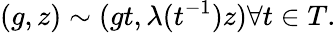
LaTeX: (g,z)\sim(gt,\lambda(t^{-1})z)\forall t\in T.